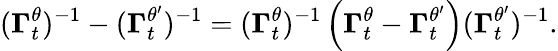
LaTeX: (\boldsymbol{\Gamma}_{t}^{\theta})^{-1}-(\boldsymbol{\Gamma}_{t}^{\theta^{\prime}})^{-1}=(\boldsymbol{\Gamma}_{t}^{\theta})^{-1}\left(\boldsymbol{\Gamma}_{t}^{\theta}-\boldsymbol{\Gamma}_{t}^{\theta^{\prime}}\right)(\boldsymbol{\Gamma}_{t}^{\theta^{\prime}})^{-1}.